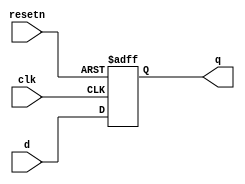
/*
Anthony De Caria - April 5, 2014

This is a D Flip Flop with an asycronnous reset.
*/

module D_FF_Async(clk, resetn, d, q);
	
	input clk;
	input resetn;
	input d;
	output reg q;
	
	always @(posedge clk or negedge resetn)
	begin
		if (!resetn)
		begin
			q <= 1'b0;
		end
		else
		begin
			q <= d;
		end
	end
	
endmodule